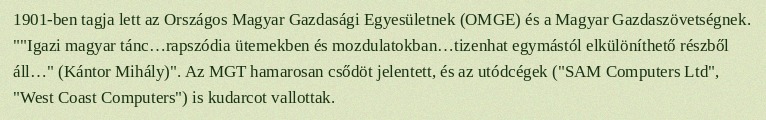
1901-ben tagja lett az Országos Magyar Gazdasági Egyesületnek (OMGE) és a Magyar Gazdaszövetségnek. ""Igazi magyar tánc…rapszódia ütemekben és mozdulatokban…tizenhat egymástól elkülöníthető részből áll…" (Kántor Mihály)". Az MGT hamarosan csődöt jelentett, és az utódcégek ("SAM Computers Ltd", "West Coast Computers") is kudarcot vallottak.